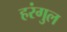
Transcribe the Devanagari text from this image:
हरंगुल